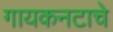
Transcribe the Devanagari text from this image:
गायकनटाचे